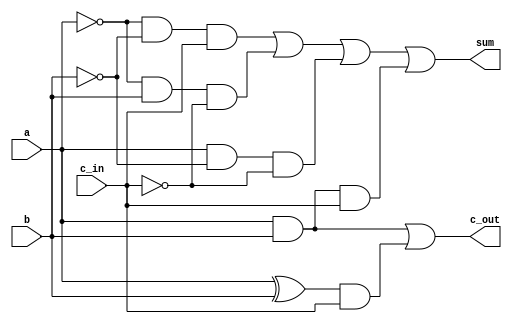
module fulladd(sum, c_out, a, b, c_in);

    input a, b, c_in;
    output sum, c_out;

    assign sum = (~a && ~b && c_in) || (~a && b && ~c_in) || (a && ~b && ~c_in) || (a&&b&&c_in);
    assign c_out = a && b  || ((a^b) && c_in);

endmodule